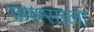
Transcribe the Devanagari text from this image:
फणसाला